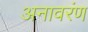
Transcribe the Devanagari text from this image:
अनावरंण